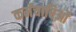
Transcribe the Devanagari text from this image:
कर्मचारिओं